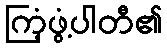
ကြံ့ဖွံ့ပါတီ၏